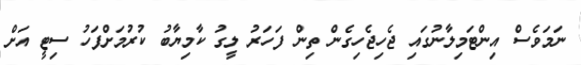
ނަމަވެސް އިންޓަމިލާނުގައި ޖެހިޖެހިގެން ތިން ފަހަރު ލީގު ކާމިޔާބު ކުރުމަށްފަހު ސިޓީ އަށް